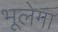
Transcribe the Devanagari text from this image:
भूलेगा